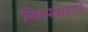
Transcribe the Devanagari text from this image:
निरपवादपणे